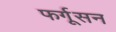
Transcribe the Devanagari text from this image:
फर्गूसन